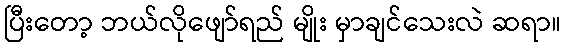
ပြီးတော့ ဘယ်လိုဖျော်ရည် မျိုး မှာချင်သေးလဲ ဆရာ။